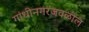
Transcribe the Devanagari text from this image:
गांधीनगरजवळील